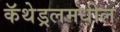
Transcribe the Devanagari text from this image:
कॅथेड्रलमधील